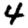
Digit: 4